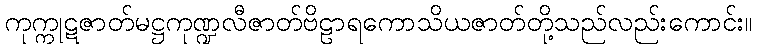
ကုက္ကုဋဇာတ်မဋ္ဌကုဏ္ဍလီဇာတ်ဗိဠာရကောသိယဇာတ်တို့သည်လည်းကောင်း။